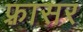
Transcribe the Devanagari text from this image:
फ़्रासर